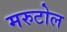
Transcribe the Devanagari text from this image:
मरुटोल